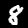
Label: 8